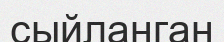
сыйланган